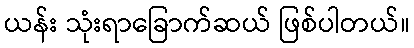
ယန်း သုံးရာခြောက်ဆယ် ဖြစ်ပါတယ်။